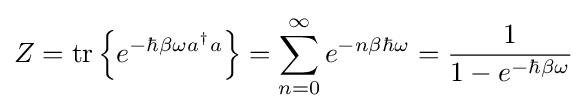
Z={\text{tr}}\left\{\displaystyle e^{-\hbar \beta \omega a^{\dagger }a}\right\}=\sum _{n=0}^{\infty }e^{-n\beta \hbar \omega }={\frac {1}{1-e^{-\hbar \beta \omega }}}